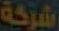
شركة